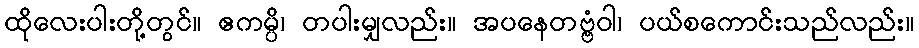
ထိုလေးပါးတို့တွင်။ ဧကမ္ပိ၊ တပါးမျှလည်း။ အပနေတဗ္ဗံဝါ၊ ပယ်စကောင်းသည်လည်း။